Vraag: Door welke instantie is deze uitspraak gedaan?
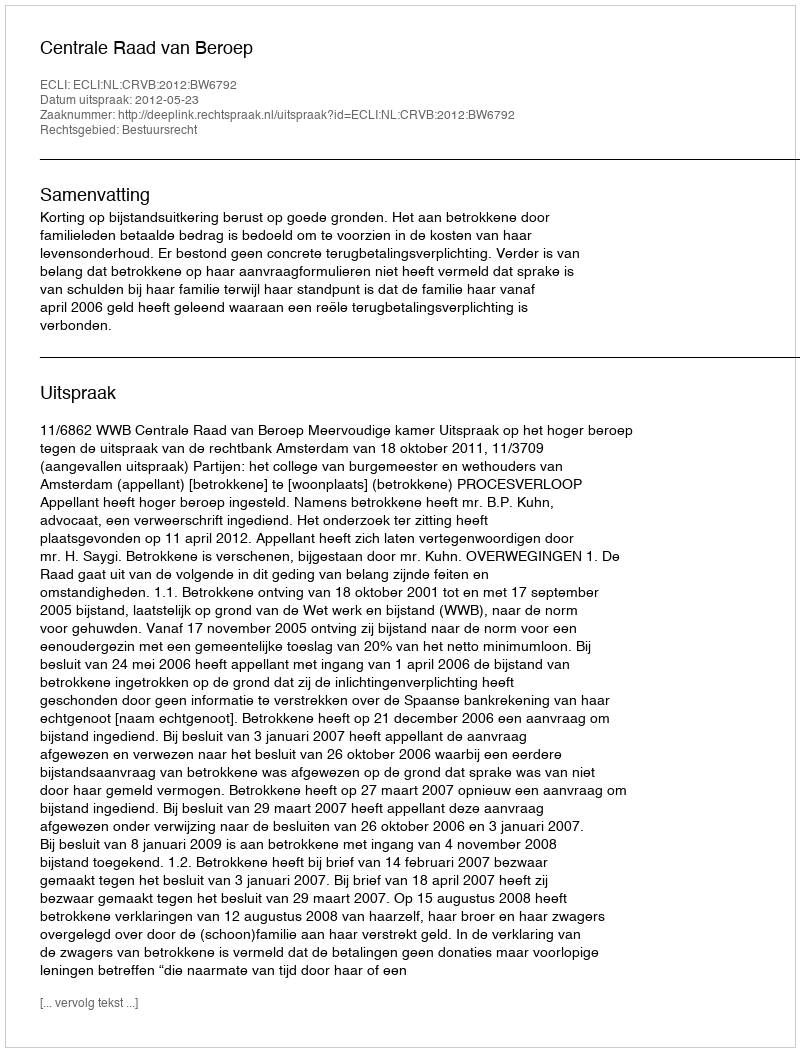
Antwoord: Centrale Raad van Beroep